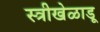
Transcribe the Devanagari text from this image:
स्त्रीखेळाडू